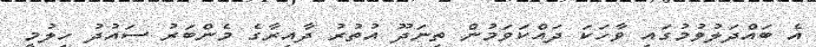
އެ ބައްދަލުވުމުގައި ވާހަކަ ދައްކަވަމުން ތިނަދޫ އުތުރު ދާއިރާގެ މެންބަރު ސައުދު ހިލުމީ